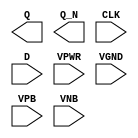
module sky130_fd_sc_hd__dfxbp (
    Q   ,
    Q_N ,
    CLK ,
    D   ,
    VPWR,
    VGND,
    VPB ,
    VNB
);

    output Q   ;
    output Q_N ;
    input  CLK ;
    input  D   ;
    input  VPWR;
    input  VGND;
    input  VPB ;
    input  VNB ;
endmodule